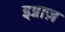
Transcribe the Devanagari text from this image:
इग्नाज़